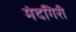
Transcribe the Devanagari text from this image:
मंदगिरी